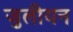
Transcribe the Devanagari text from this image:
जुलीयन